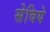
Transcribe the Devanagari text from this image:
सेविये